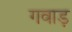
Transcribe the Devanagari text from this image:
गवाड़